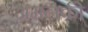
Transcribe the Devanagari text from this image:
अमलकी